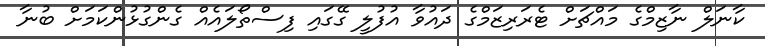
ކާނަލް ނާޒިމްގެ މައްޗަށް ޓެރަރިޒަމްގެ ދައުވާ އުފުލީ ގޭގައި ފިސްތޯލައެއް ގެންގުޅުންކަމަށް ބުނާ